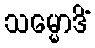
သမ္မောဒိံ